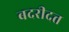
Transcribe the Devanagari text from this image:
बदरीदत्त